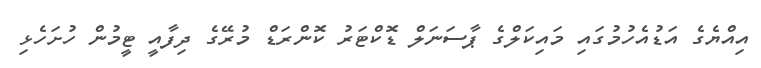
އިއްޔެގެ އަޑުއެހުމުގައި މައިކަލްގެ ޕާސަނަލް ޑޮކްޓަރު ކޮންރަޑް މުރޭގެ ދިފާއީ ޓީމުން ހުށަހެޅި